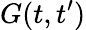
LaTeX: G(t,t^{\prime})